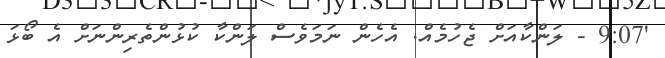
'9:07 - ލަންކާއަށް ޖެހުމެއް. އެހެން ނަމަވެސް ލަންކާ ކުޅުންތެރިންނަށް އެ ބޯޅަ